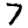
Digit: 7